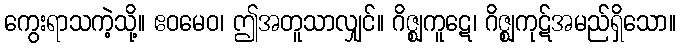
ကွေးရာသကဲ့သို့။ ဧဝမေဝ၊ ဤအတူသာလျှင်။ ဂိဇ္ဈကူဋေ၊ ဂိဇ္ဈကုဋ်အမည်ရှိသော။